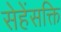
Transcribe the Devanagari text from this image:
सेहेंसक्ति